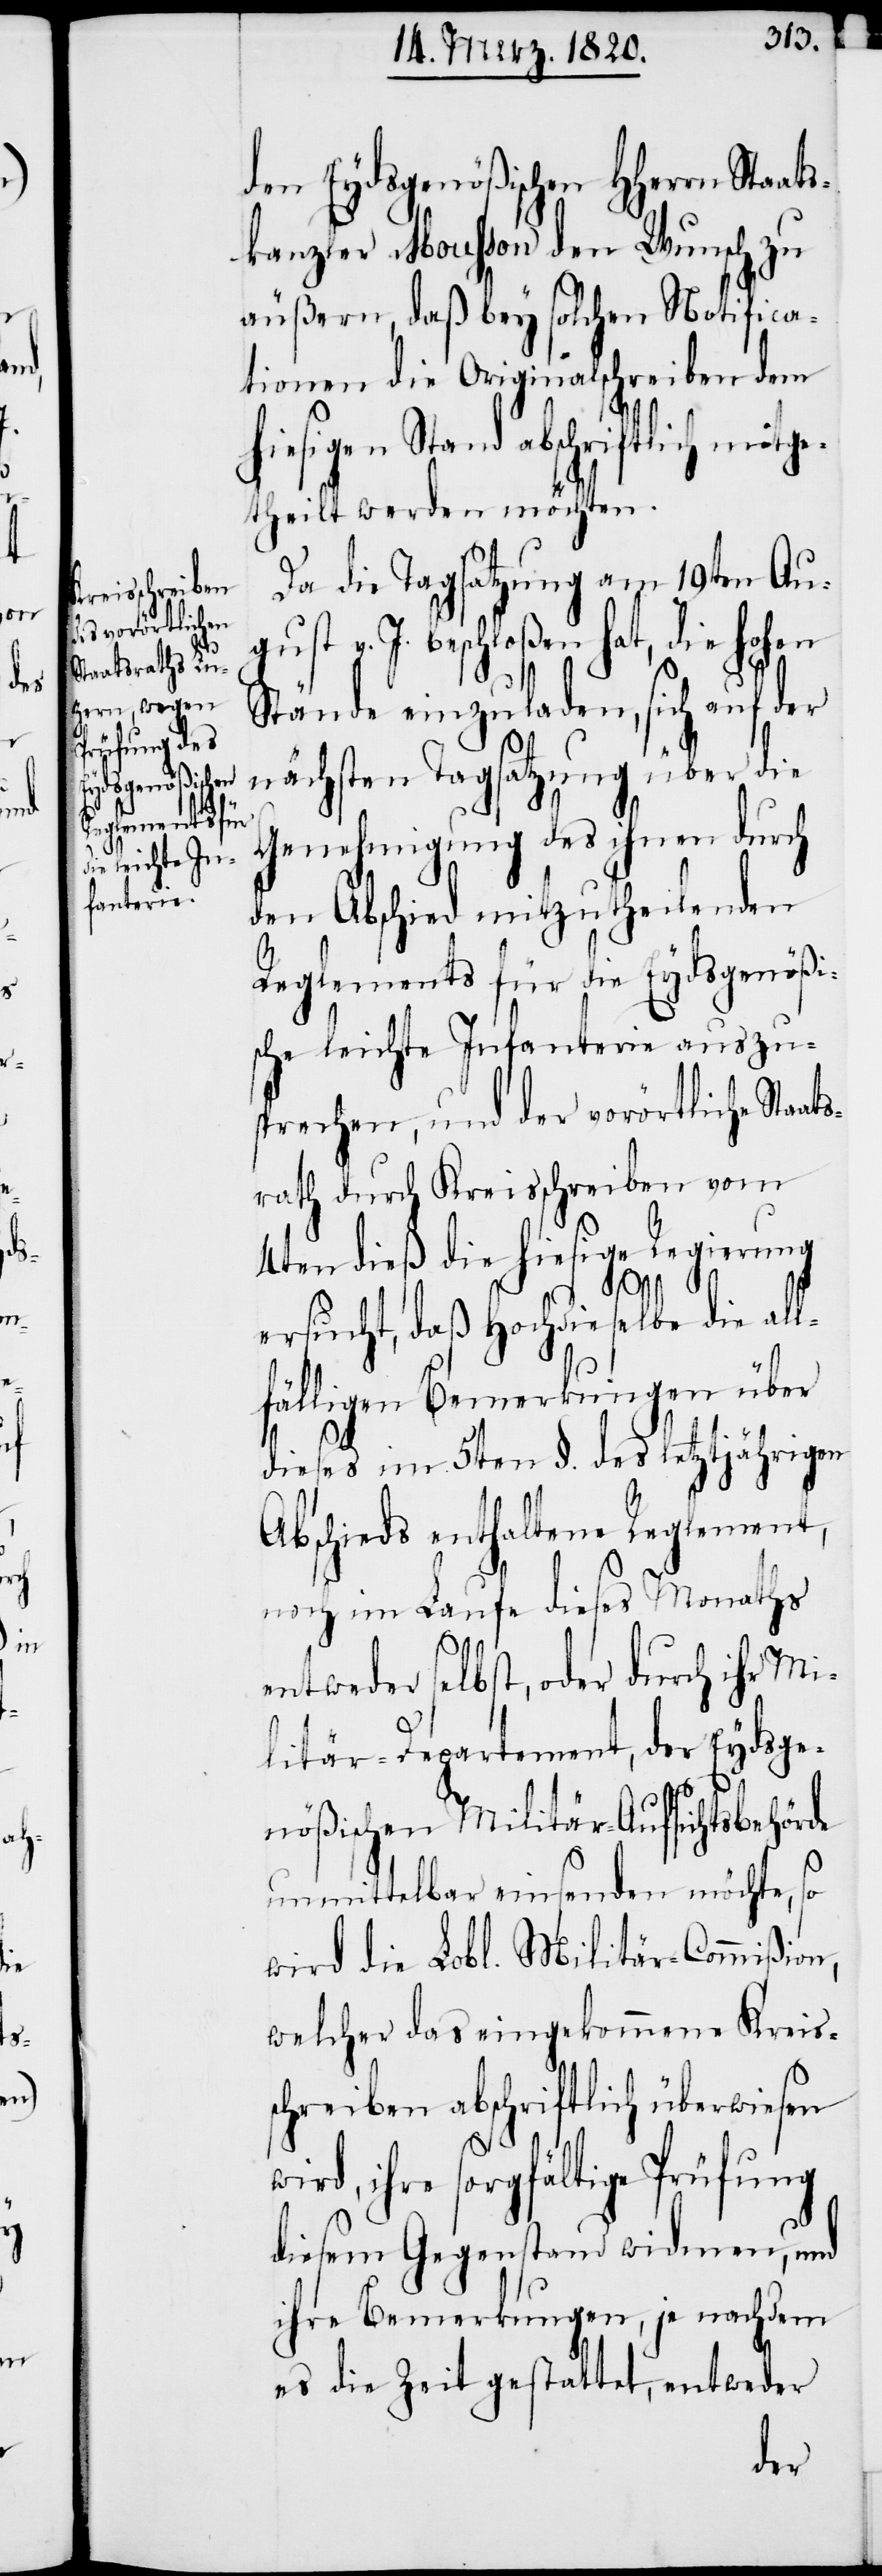
w¬

den Eydsgenößischen HHerrn Staat¬
skanzler Mousson den Wunsch zu
äußern, daß bey solchen Notifica¬
tionen die Originalschreiben dem
hiesigen Stand abschriftlich mitge¬
theilt werden möchten.
Da die Tagsatzung am 19ten Au¬
gust v. J. beschloßen hat, die hohen
Stände einzuladen, sich auf der
nächsten Tagsatzung über die
Genehmigung des ihnen durch
den Abschied mitzutheilenden
Reglements für die Eydsgenößi¬
sche leichte Infanterie auszu¬
sprechen, und der vorörtliche Staat¬
srath durch Kreisschreiben vom
4ten dieß die hiesige Regierung
ersucht, daß Hochdieselbe die al¬
lfälligen Bemerkungen über
dieses im 5ten §. des letztjährigen
Abschieds enthaltene Reglement,
noch im Laufe dieses Monaths
entweder selbst, oder durch ihr Mi¬
litär-Departement, der Eydsge¬
nößischen Militär-Aufsichtsbehörde
unmittelbar einsenden möchte, so
wird die Lobl. Militär-Commißion,
welcher das eingekommene Kreis¬
schreiben abschriftlich überwiesen
ird, ihre sorgfältige Prüfung
diesem Gegenstand widmen, und
ihre Bemerkungen, je nachdem
es die Zeit gestattet, entweder